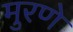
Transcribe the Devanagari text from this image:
मुरणे